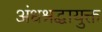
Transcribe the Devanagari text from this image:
अंधश्रद्धायुक्त